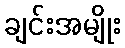
ချင်းအမျိုး